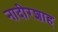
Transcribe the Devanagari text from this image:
नादीरशाह